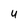
Character: u